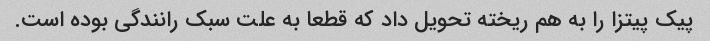
پیک پیتزا را به هم ریخته تحویل داد که قطعا به علت سبک رانندگی بوده است.